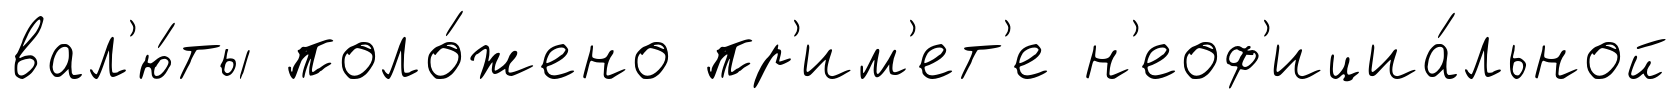
вал'ю́ты поло́жено пр'им'ет'е н'еоф'ициа́льной